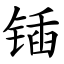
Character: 锸